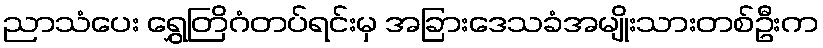
ညာသံပေး ရွှေတြိဂံတပ်ရင်းမှ အခြားဒေသခံအမျိုးသားတစ်ဦးက